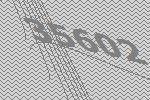
35602